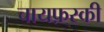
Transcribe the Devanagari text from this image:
चायफ़्स्की